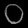
Digit: ၀